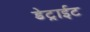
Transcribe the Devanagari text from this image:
डेट्राईट